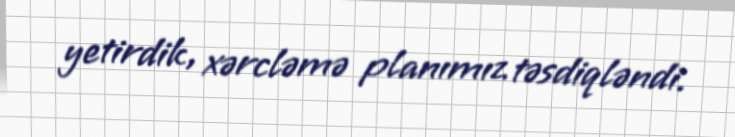
yetirdik, xərcləmə planımız təsdiqləndi.